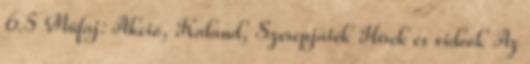
6.5 Műfaj: Akció, Kaland, Szerepjáték Hírek és videók Az